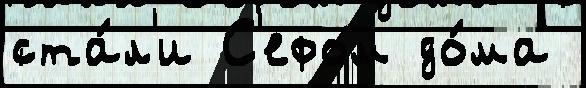
ста́л'и С'ефом до́ма